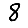
Digit: 8